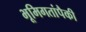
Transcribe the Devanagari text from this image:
भूमिगतांपैकी